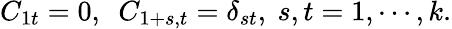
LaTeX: C_{1t}=0,~~C_{1+s,t}=\delta_{st},~s,t=1,\cdots,k.